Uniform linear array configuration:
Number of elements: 16
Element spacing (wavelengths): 0.75
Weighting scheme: kaiser
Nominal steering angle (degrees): -45
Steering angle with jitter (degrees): -44.816
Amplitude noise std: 0.05
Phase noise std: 0.05

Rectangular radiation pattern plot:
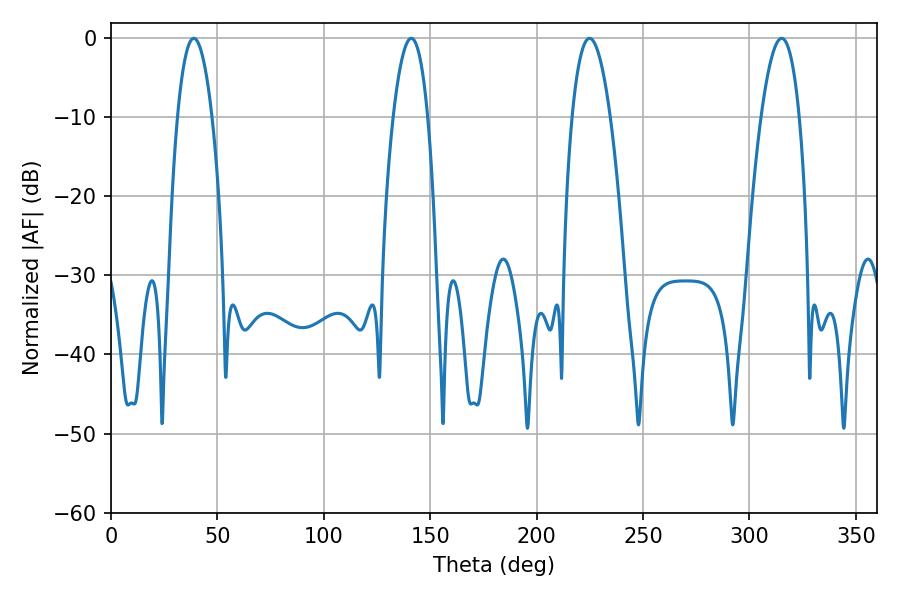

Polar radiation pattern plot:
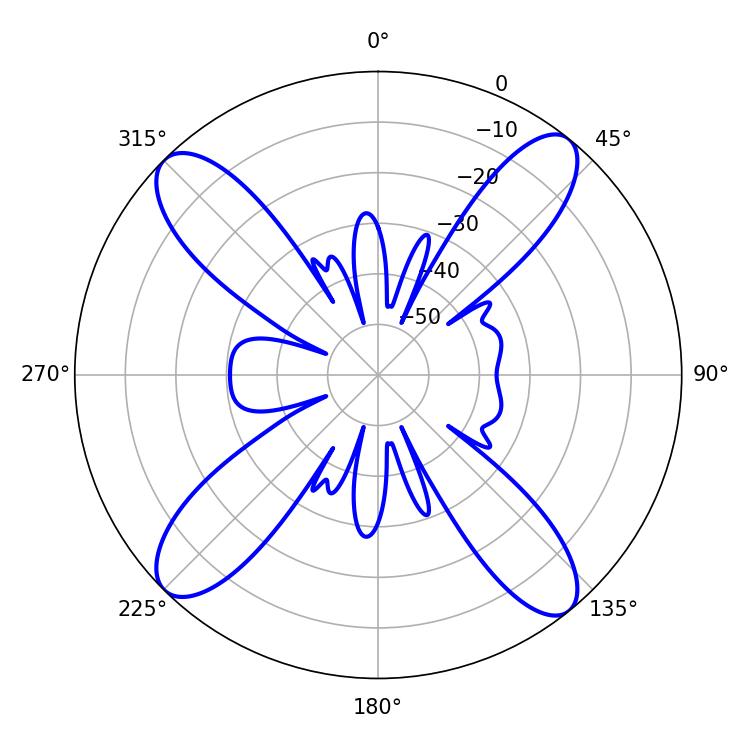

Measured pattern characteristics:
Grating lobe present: TRUE
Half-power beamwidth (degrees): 9
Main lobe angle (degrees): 38.88